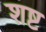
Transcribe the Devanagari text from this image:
शष्ट